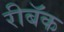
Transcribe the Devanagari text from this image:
रीबॅक